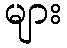
များ